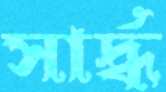
সার্দ্ধ